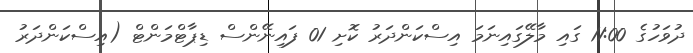
ދުވަހުގެ 11:00 ގައި މާލޭގައިނަމަ އިސްކަންދަރު ކޮށި 01 ފައިނޭންސް ޑިޕާޓްމަންޓް (އިސްކަންދަރު